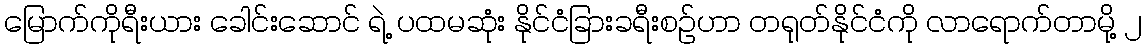
မြောက်ကိုရီးယား ခေါင်းဆောင် ရဲ့ ပထမဆုံး နိုင်ငံခြားခရီးစဉ်ဟာ တရုတ်နိုင်ငံကို လာရောက်တာမို့ ၂